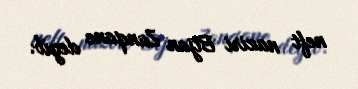
neft naziri Bijan Zanqane deyib.